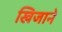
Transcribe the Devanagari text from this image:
खिजाने